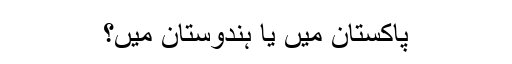
پاکستان میں یا ہندوستان میں؟